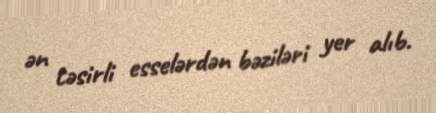
ən təsirli esselərdən bəziləri yer alıb.